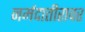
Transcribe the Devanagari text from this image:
नर्मदातीरावर